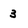
Character: 3